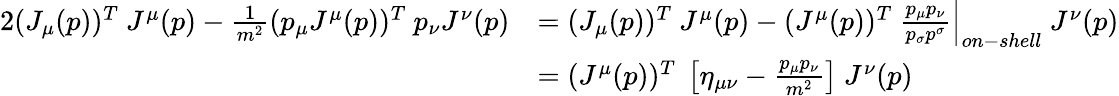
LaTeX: {\begin{array}{rl}{{2}(J_{\mu}(p))^{T}~J^{\mu}(p)-{\frac{1}{m^{2}}}(p_{\mu}J^{\mu}(p))^{T}~p_{\nu}J^{\nu}(p)}&{=(J_{\mu}(p))^{T}~J^{\mu}(p)-(J^{\mu}(p))^{T}~{\frac{p_{\mu}p_{\nu}}{p_{\sigma}p^{\sigma}}}{\Big|}_{on-shell}~J^{\nu}(p)}\\ &{=(J^{\mu}(p))^{T}~\left[\eta_{\mu\nu}-{\frac{p_{\mu}p_{\nu}}{m^{2}}}\right]~J^{\nu}(p)}\end{array}}